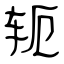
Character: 轭